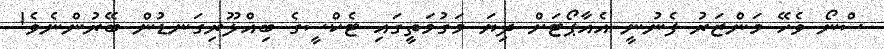
ސްނޯ ވެހޭ މަންޒަރު ފެނުނީ އެއާޕޯޓަށް ދިޔަ މަގުމަތީގައި ޓެކްސީގެ ބިއްލޫރިގަނޑުން ބޭރުންނެވެ!